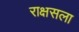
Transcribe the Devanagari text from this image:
राक्षसला